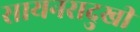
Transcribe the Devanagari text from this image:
सायनसदुखी